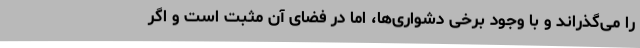
را می‌گذراند و با وجود برخی دشواری‌ها، اما در فضای آن مثبت است و اگر